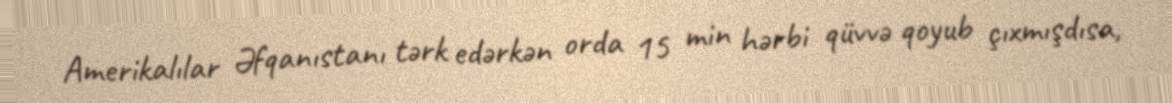
Amerikalılar Əfqanıstanı tərk edərkən orda 15 min hərbi qüvvə qoyub çıxmışdısa,